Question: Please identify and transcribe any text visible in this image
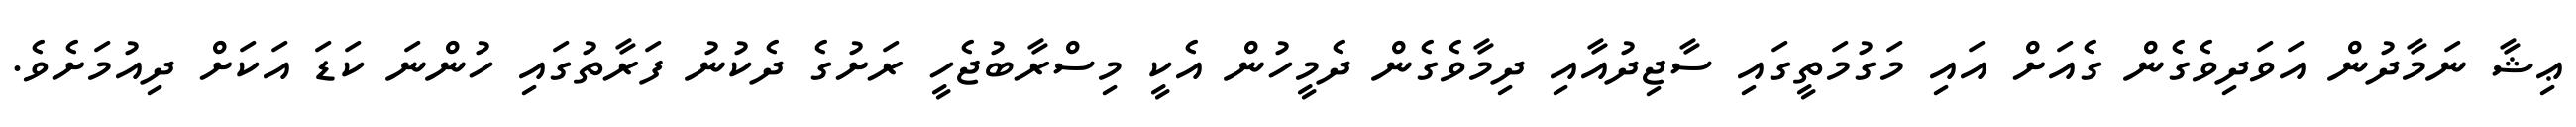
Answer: ޢިޝާ ނަމާދުން އަވަދިވެގެން ގެއަށް އައި މަގުމަތީގައި ސާޖިދުއާއި ދިމާވެގެން ދެމީހުން އެކީ މިސްރާބުޖެހީ ރަށުގެ ދެކުނު ފަރާތުގައި ހުންނަ ކަޑަ އަކަށް ދިއުމަށެވެ.